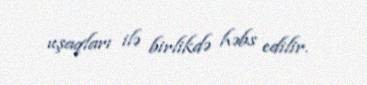
uşaqları ilə birlikdə həbs edilir.